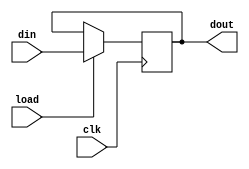
module register_32x1 (
    input wire clk, load,
    input wire [31:0] din,
    output wire [31:0] dout
);

    reg [31:0] register;

    always @(posedge clk) begin
        if (load)
            register <= din; // Reset the register to all zeros
    end

    assign dout = register;

endmodule